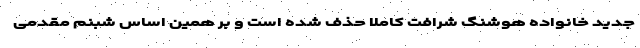
جدید خانواده هوشنگ شرافت کاملا حذف شده است و بر همین اساس شبنم مقدمی